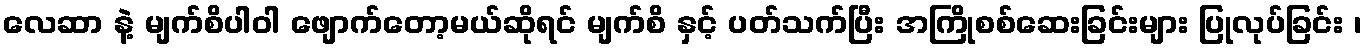
လေဆာ နဲ့ မျက်စိပါဝါ ဖျောက်တော့မယ်ဆိုရင် မျက်စိ နှင့် ပတ်သက်ပြီး အကြိုစစ်ဆေးခြင်းများ ပြုလုပ်ခြင်း ၊